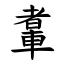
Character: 䡤